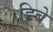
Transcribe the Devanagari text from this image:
डिबे